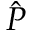
\hat { P }